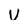
Character: U